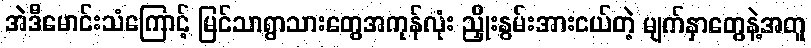
အဲဒီမောင်းသံကြောင့် မြင်သာရွာသားတွေအကုန်လုံး ညှိုးနွမ်းအားငယ်တဲ့ မျက်နှာတွေနဲ့အတူ